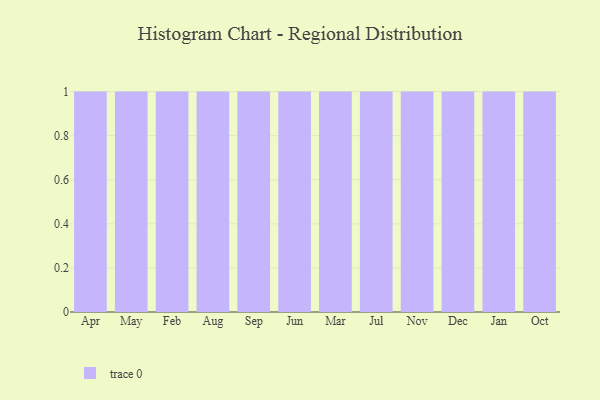
{"axis": {"x": "Month", "y": "Customer Acquisition Cost (USD)"}, "legend": [""], "data": [{"x": "Apr", "y": 92, "type": ""}, {"x": "May", "y": 83, "type": ""}, {"x": "Feb", "y": 13, "type": ""}, {"x": "Aug", "y": 61, "type": ""}, {"x": "Sep", "y": 88, "type": ""}, {"x": "Jun", "y": 83, "type": ""}, {"x": "Mar", "y": 24, "type": ""}, {"x": "Jul", "y": 81, "type": ""}, {"x": "Nov", "y": 68, "type": ""}, {"x": "Dec", "y": 2, "type": ""}, {"x": "Jan", "y": 39, "type": ""}, {"x": "Oct", "y": 66, "type": ""}]}